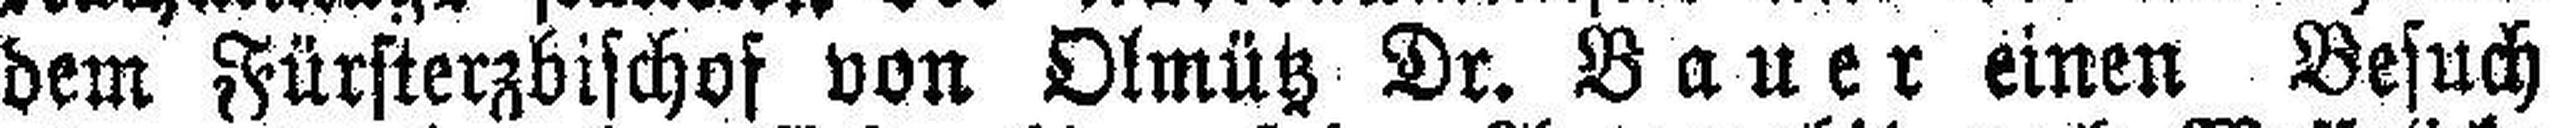
dem Fürsterzbischof von Olmütz Dr. Bauer einen Besuch